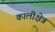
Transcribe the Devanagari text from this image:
कालीक्षेत्र